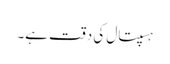
ہسپتال کی دقت ہے۔